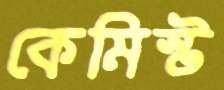
কেমিস্ট